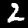
Label: 2